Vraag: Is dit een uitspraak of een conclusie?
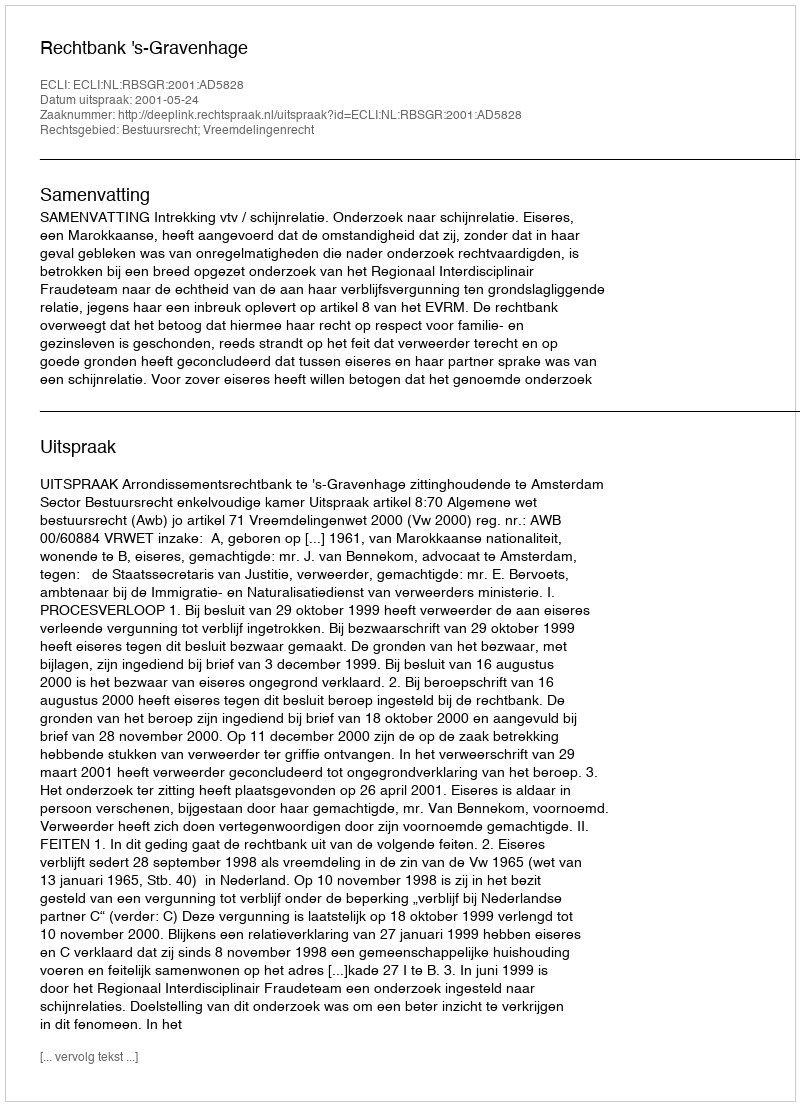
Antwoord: Uitspraak